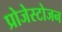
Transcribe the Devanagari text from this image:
प्रोजेस्टोजन